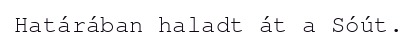
Határában haladt át a Sóút.